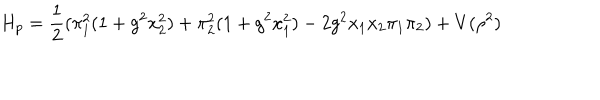
H _ { p } = \frac { 1 } { 2 } ( \pi _ { 1 } ^ { 2 } ( 1 + g ^ { 2 } x _ { 2 } ^ { 2 } ) + \pi _ { 2 } ^ { 2 } ( 1 + g ^ { 2 } x _ { 1 } ^ { 2 } ) - 2 g ^ { 2 } x _ { 1 } x _ { 2 } \pi _ { 1 } \pi _ { 2 } ) + V ( \rho ^ { 2 } )